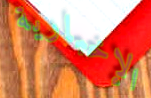
الإخبارية